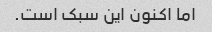
اما اکنون این سبک است.